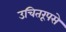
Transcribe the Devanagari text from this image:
उचितरूपसे